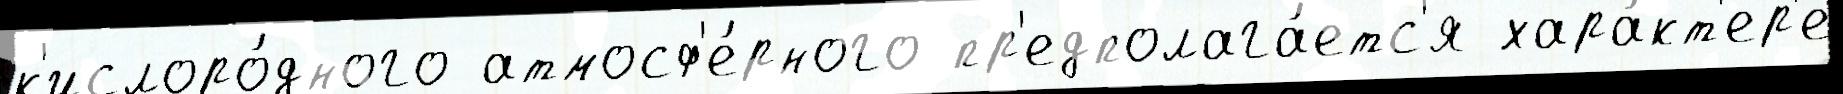
к'ислоро́дного атмосф'е́рного пр'едполага́етс'я хара́кт'ер'е